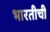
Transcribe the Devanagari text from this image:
भारतीची